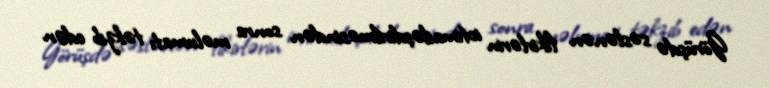
Görüşdə səslənən fikirlərin ictimailəşdirilməsindən sonra məlumatı təkzib edən